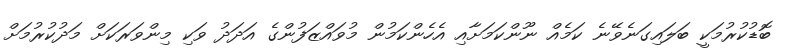
ބޮޑުކުރުމަކީ ބަލައިގަނެވޭނެ ކަމެއް ނޫންކަމަށާއި އެހެންކަމުން މުވައްޒަފުންގެ އަދަދު ވަކި މިންވަރަކަށް މަދުކުރުމަށް